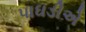
પાઘડીએ